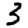
Digit: 3